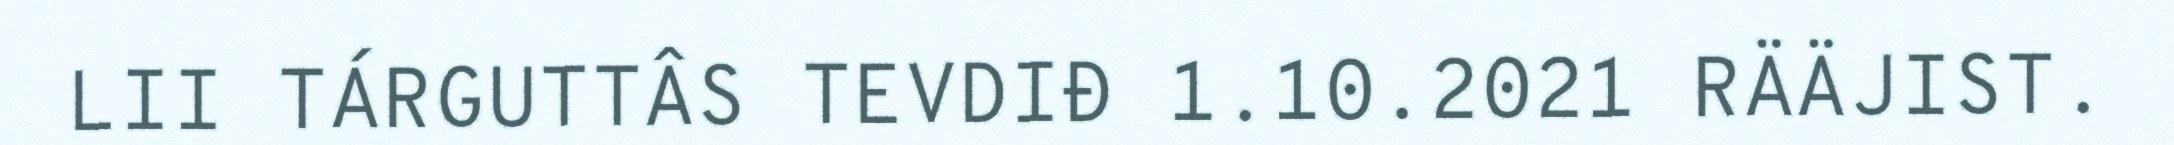
LII TÁRGUTTÂS TEVDIĐ 1.10.2021 RÄÄJIST.